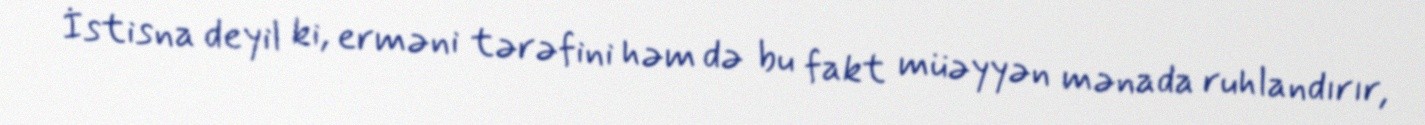
İstisna deyil ki, erməni tərəfini həm də bu fakt müəyyən mənada ruhlandırır,